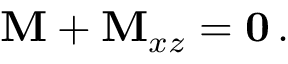
\mathbf { M } + \mathbf { M } _ { x z } = \mathbf { 0 } \, .